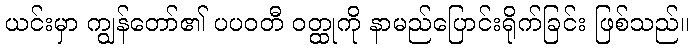
ယင်းမှာ ကျွန်တော်၏ ပပဝတီ ဝတ္ထုကို နာမည်ပြောင်းရိုက်ခြင်း ဖြစ်သည်။